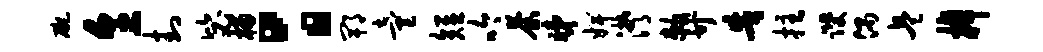
碗烹封毖榴：郫童短吟荼睇婢潸敕廿告拄躞偶兵棹